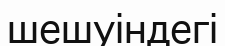
шешуіндегі